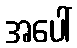
အပေါ်